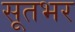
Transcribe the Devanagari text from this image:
सूतभर